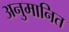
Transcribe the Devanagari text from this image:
अनुमानित